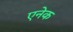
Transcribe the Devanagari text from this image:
एनेक